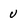
Character: u